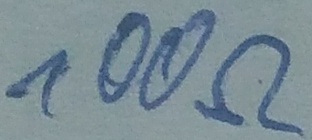
Text: 100Ω